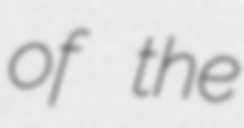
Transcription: of the